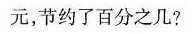
元，节约了百分之几?